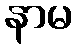
နာမ